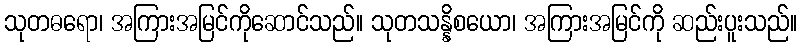
သုတဓရော၊ အကြားအမြင်ကိုဆောင်သည်။ သုတသန္နိစယော၊ အကြားအမြင်ကို ဆည်းပူးသည်။